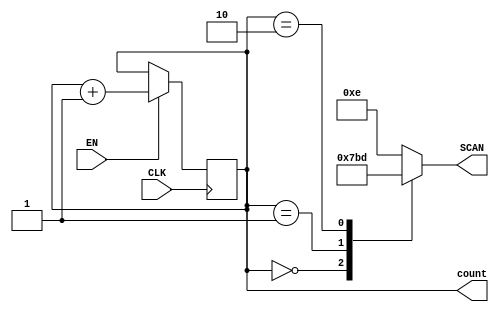
//-----------------------------------------------------------------------------
//University: OIT - CSET
//Class: CST 231
//Lab:Lab 5
//Project: keypad controller
//
//Dependancies: none
//-----------------------------------------------------------------------------
//DISCRIPTION:
// if enabled moves to the next scan position.
//-----------------------------------------------------------------------------

module KP_Scan(
	input				CLK,
	input				EN,
	output	reg	[3:0]	SCAN,
	output	reg	[1:0]	count
);


always@(posedge CLK)
begin
	if(EN)
		count = count + 1;
	else
		count = count;
end
always@(count)
	case(count)
	//if i have this go contrary to my better sences, i can 
	//make the reset better... but then this will be the other way
	//around... and the lsb == 0 will be count == 4... er....
		//0:SCAN = 4'b1110;
		//1:SCAN = 4'b1101;
		//2:SCAN = 4'b1011;
		//default:SCAN = 4'b0111;
		//fine... it will make the logic later cleaner.
		0:		SCAN = 4'b0111;
		1:		SCAN = 4'b1011;
		2:		SCAN = 4'b1101;
		default:SCAN = 4'b1110;

endcase


endmodule